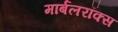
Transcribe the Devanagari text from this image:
मार्बलरॉक्स